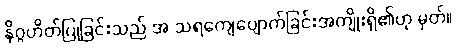
နိဂ္ဂဟိတ်ပြုခြင်းသည် အ သရကျေပျောက်ခြင်းအကျိုးရှိ၏ဟု မှတ်။